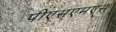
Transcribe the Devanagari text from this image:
पीएसएमएस